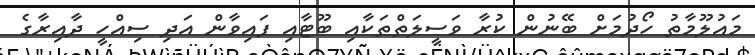
މައުލޫމާތު ހޯދުމަށް ބޭނުން ކުރާ ވަސީލަތްތަކާއި ބޫޓާއި ފައިވާން އަދި ސިއްހީ ދާއިރާގެ